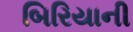
બિરિયાની